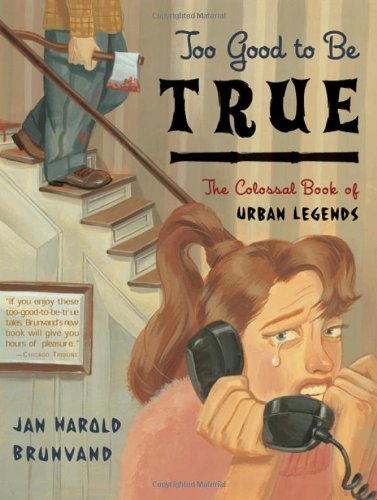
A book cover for Too Good to Be True: The Colossal Book of Urban Legends; Jan Harold Brunvand; Humor & Entertainment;